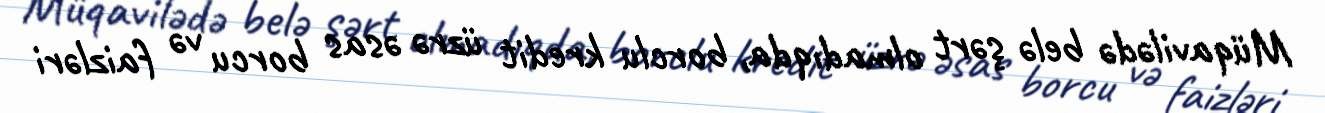
Müqavilədə belə şərt olmadıqda, borclu kredit üzrə əsas borcu və faizləri